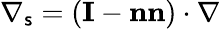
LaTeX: \nabla_{\mathsf{s}}=\left(\textbf{{I}}-\textbf{{nn}}\right)\cdot\nabla